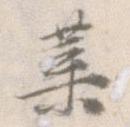
葉